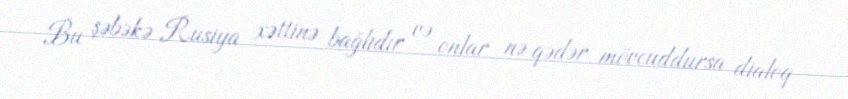
Bu şəbəkə Rusiya xəttinə bağlıdır və onlar nə qədər mövcuddursa dialoq